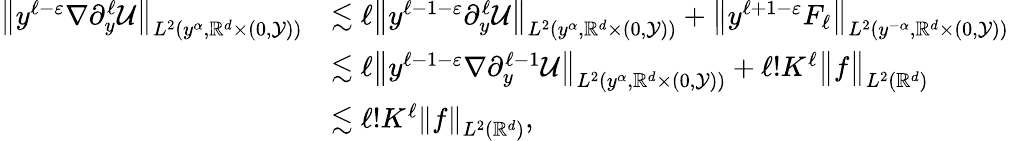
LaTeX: \begin{array}{rl}{\big\| y^{\ell-\varepsilon}{\nabla\partial_{y}^{\ell}\mathcal{U}}\big\| _{L^{2}(y^{\alpha},\mathbb{R}^{d}\times(0,\mathcal{Y}))}}&{\lesssim\ell\big\| {y^{\ell-1-\varepsilon}\partial_{y}^{\ell}\mathcal{U}}\big\| _{L^{2}(y^{\alpha},\mathbb{R}^{d}\times(0,\mathcal{Y}))}+\big\| {y^{\ell+1-\varepsilon}F_{\ell}}\big\| _{L^{2}(y^{-\alpha},\mathbb{R}^{d}\times(0,\mathcal{Y}))}}\\ &{\lesssim\ell\big\| {y^{\ell-1-\varepsilon}\nabla\partial_{y}^{\ell-1}\mathcal{U}}\big\| _{L^{2}(y^{\alpha},\mathbb{R}^{d}\times(0,\mathcal{Y}))}+\ell!K^{\ell}\big\| {f}\big\| _{L^{2}(\mathbb{R}^{d})}}\\ &{\lesssim\ell!K^{\ell}\left\| f\right\| _{L^{2}(\mathbb{R}^{d})},}\end{array}